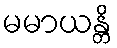
မမာယန္တိ